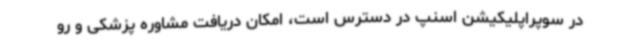
در سوپراپلیکیشن اسنپ در دسترس است، امکان دریافت مشاوره پزشکی و رو